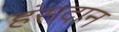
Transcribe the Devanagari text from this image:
हंसदान